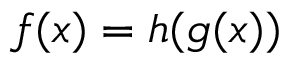
f ( x ) = h ( g ( x ) )